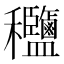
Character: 𥤟